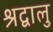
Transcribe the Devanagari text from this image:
श्रद्वालु